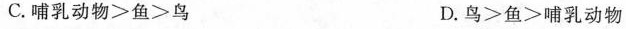
C.哺乳动物>鱼>鸟 D.鸟>鱼>哺乳动物